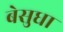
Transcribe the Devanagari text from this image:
बेसुधा